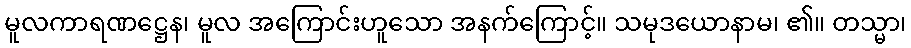
မူလကာရဏဋ္ဌေန၊ မူလ အကြောင်းဟူသော အနက်ကြောင့်။ သမုဒယောနာမ၊ ၏။ တသ္မာ၊